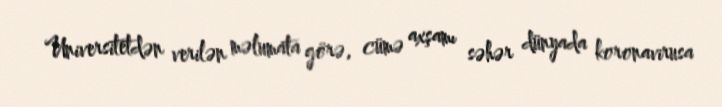
Universitetdən verilən məlumata görə, cümə axşamı səhər dünyada koronavirusa